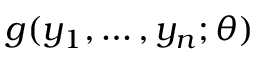
g ( y _ { 1 } , \dots , y _ { n } ; \theta )